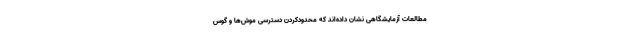
مطالعات آزمایشگاهی نشان داده‌اند که محدودکردن دسترسی موش‌ها و گوس